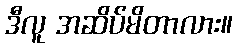
ဒီလူ အဆိပ်မိတာလား။